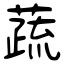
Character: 蔬